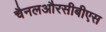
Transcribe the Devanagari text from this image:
चैनलऔरसीबीएस